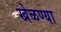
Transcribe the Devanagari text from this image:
खेळण्या